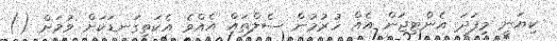
ކިޔަނީ މިފަދަ އެންޓިޖަން އެއް ހުރުމުން ސެލްތައް އެއްވެ އެކަތިގަނޑަކަށް ވުމަށް ()